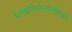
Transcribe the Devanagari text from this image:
पलेओतेम्पेस्तोलोगिकल